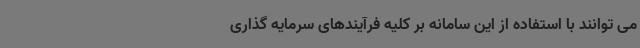
می توانند با استفاده از این سامانه بر کلیه فرآیندهای سرمایه گذاری